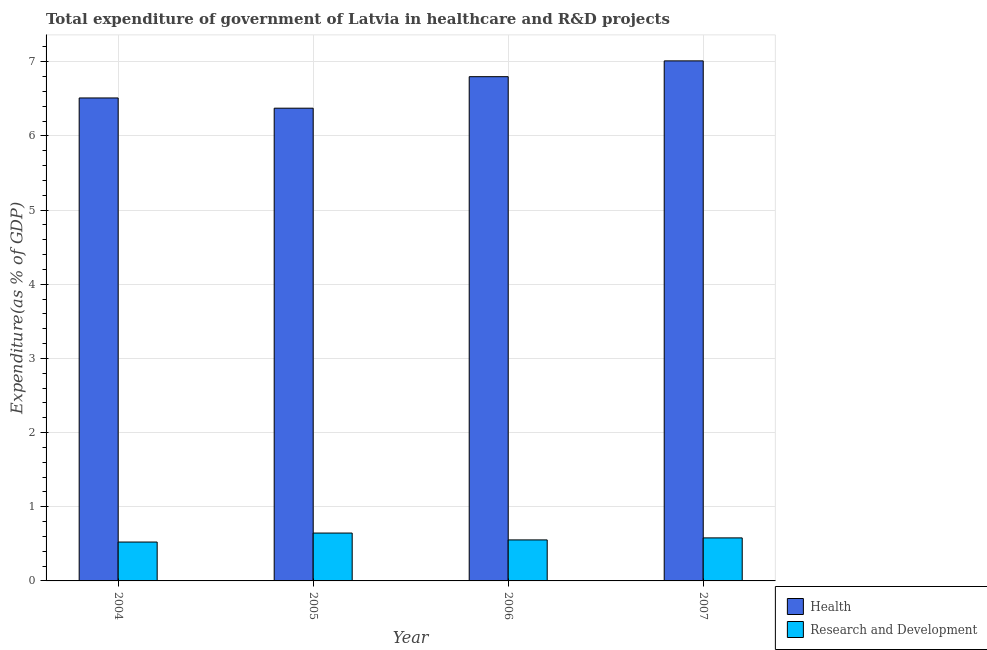
| Year | Health | Research and Development |
 | --- | --- | --- |
 | 2004 | 6.51 | 0.524 |
 | 2005 | 6.37 | 0.645 |
 | 2006 | 6.8 | 0.553 |
 | 2007 | 7.01 | 0.58 |